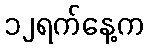
၁၂ရက်နေ့က